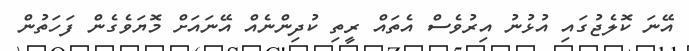
އޭނަ ކޮލެޖުގައި އުޅުނު އިރުވެސް އެތައް ރީތި ކުދިންނެއް އޭނައަށް މޮޔަވެގެން ފަހަތުން